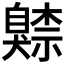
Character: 𦤧